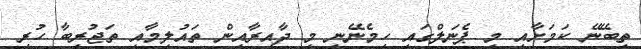
ތިބޭނޭ ކަމަށާއި މި ޕެނަލްގައި ހިމެނޭނީ މި ދާއިރާއިން ތައުލީމާއި ތަޖުރިބާ ހުރި